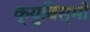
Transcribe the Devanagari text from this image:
क्युबिस्मो